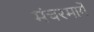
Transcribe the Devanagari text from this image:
मंचरमार्गे